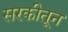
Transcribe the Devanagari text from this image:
सरकीतून